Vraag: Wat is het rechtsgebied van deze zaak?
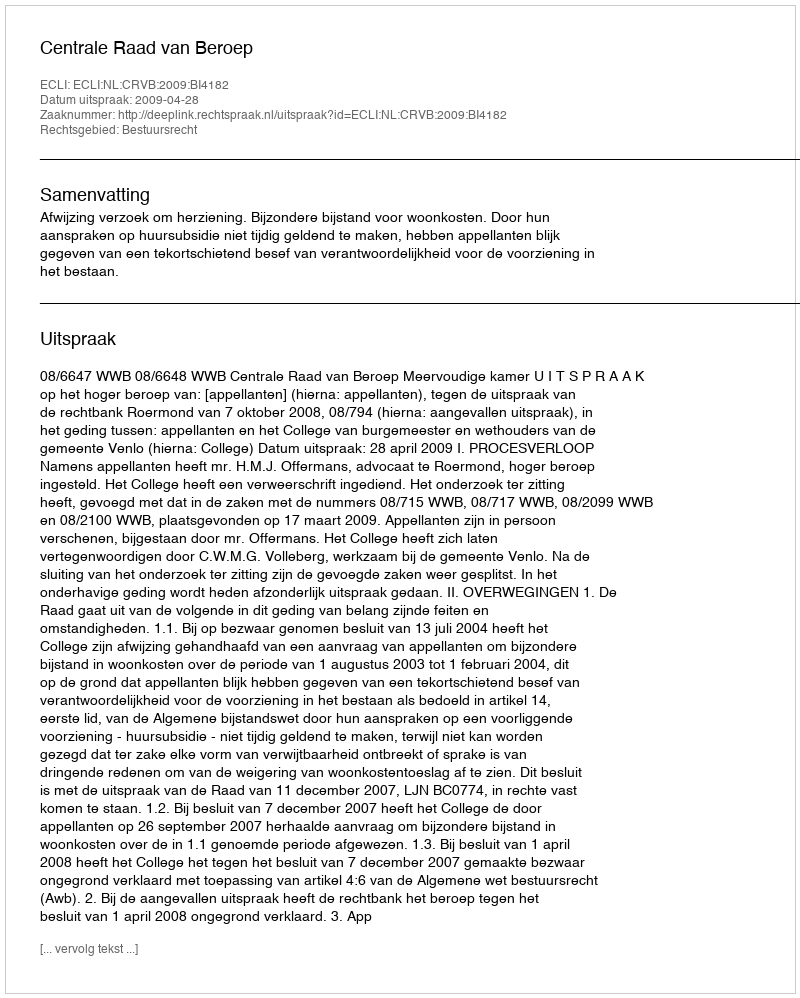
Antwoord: Bestuursrecht